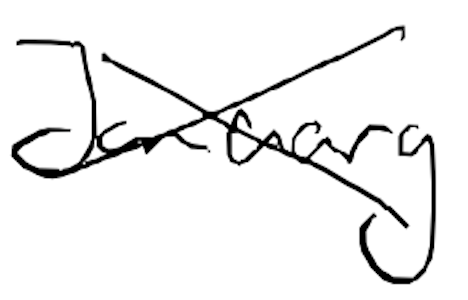
Text: January
Cross-out: cross
Writing tool: digital_black